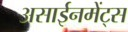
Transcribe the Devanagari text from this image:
असाईनमेंट्स